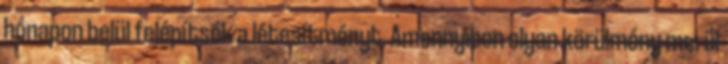
hónapon belül felépítsék a létesítményt. Amennyiben olyan körülmény merül